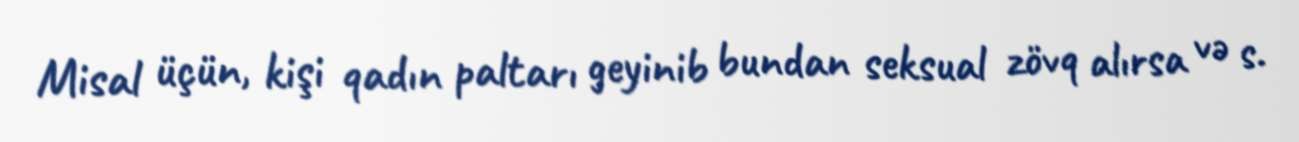
Misal üçün, kişi qadın paltarı geyinib bundan seksual zövq alırsa və s.